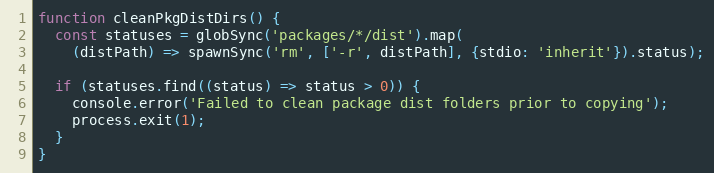
Language: JavaScript
function cleanPkgDistDirs() {
  const statuses = globSync('packages/*/dist').map(
    (distPath) => spawnSync('rm', ['-r', distPath], {stdio: 'inherit'}).status);

  if (statuses.find((status) => status > 0)) {
    console.error('Failed to clean package dist folders prior to copying');
    process.exit(1);
  }
}